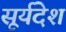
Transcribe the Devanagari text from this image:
सूर्यदेश